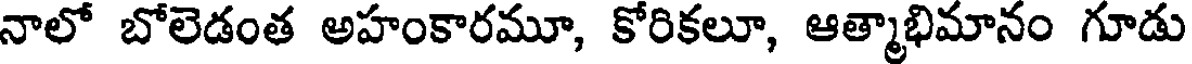
నాలో బోలెడంత అహంకారమూ, కోరికలూ, ఆత్మాభిమానం గూడు